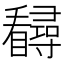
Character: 𪿃